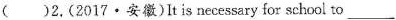
( )2,(2017·安徽)It is necessary for school to ___